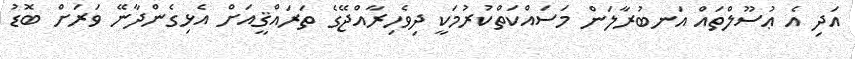
އަދި އެ ޢުސޫލްތައް އަނބުރާލަން މަސައްކަތްކުރުމަކީ ދިވެހިރާއްޖޭގެ ތަރައްޤީއަށް އެޅިގެންދާނޭ ވަރަށް ބޮޑު